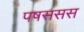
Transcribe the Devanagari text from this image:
पषससस